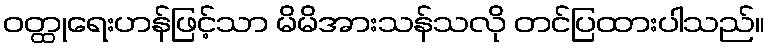
ဝတ္ထုရေးဟန်ဖြင့်သာ မိမိအားသန်သလို တင်ပြထားပါသည်။